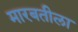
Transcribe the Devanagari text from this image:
मारबतीला